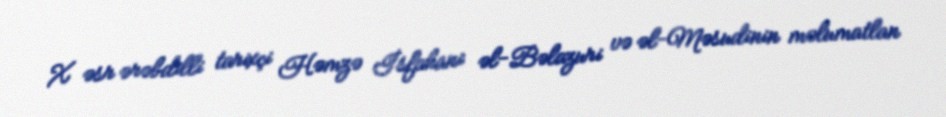
X əsr ərəbdilli tarixçi Həmzə İsfahani əl-Bəlazuri və əl-Məsudinin məlumatlan